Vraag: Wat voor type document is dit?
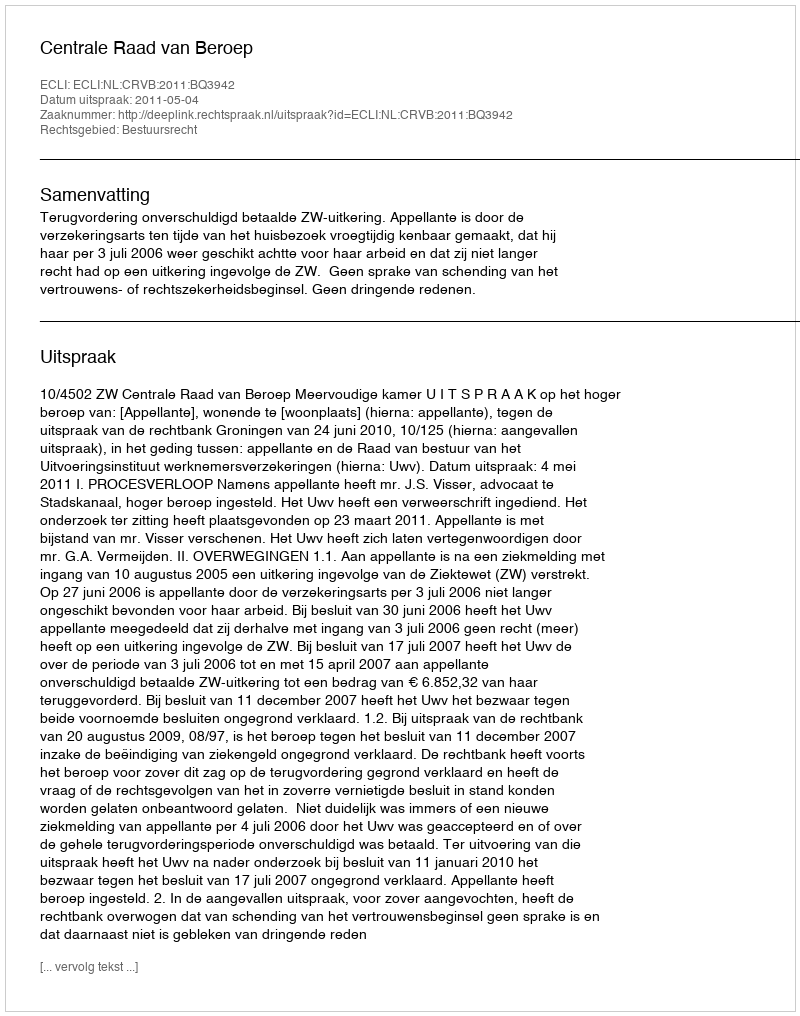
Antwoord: Uitspraak